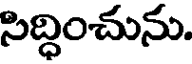
సిద్ధించును.